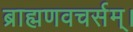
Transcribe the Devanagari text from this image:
ब्राह्मणवचर्सम्।